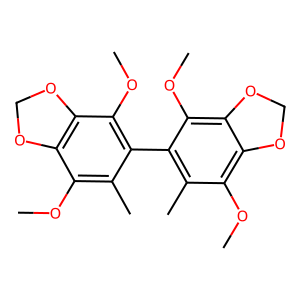
SMILES: COc1c(C)c(-c2c(C)c(OC)c3c(c2OC)OCO3)c(OC)c2c1OCO2
Inhibits HIV replication: No